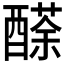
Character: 𨢬